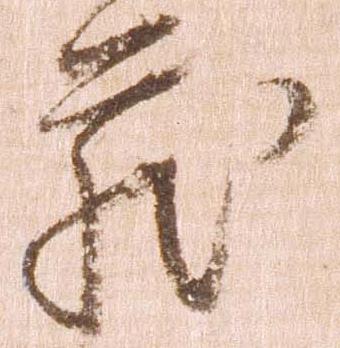
蔵